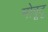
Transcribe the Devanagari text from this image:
मोबूटू